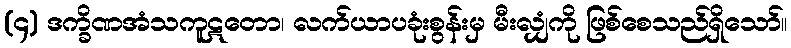
(၄) ဒက္ခိဏအံသကူဋတော၊ လက်ယာပခုံးစွန်းမှ မီးလျှံကို ဖြစ်စေသည်ရှိသော်။